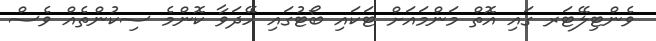
ވެންޓިލޭޓަރ ގައި އޮތް މަންމައަށް ޓަކައި ބޯޓުގައި ހޭދަވާ ކޮންމެ ސިކުންތެއް ވެސް